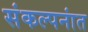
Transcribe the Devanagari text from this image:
संकल्पनांत